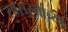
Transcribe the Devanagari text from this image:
सासऱ्यांच्या